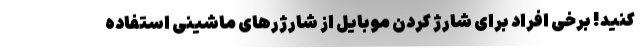
کنید! برخی افراد برای شارژ کردن موبایل از شارژرهای ماشینی استفاده